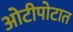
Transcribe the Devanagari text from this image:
ओटीपोटात